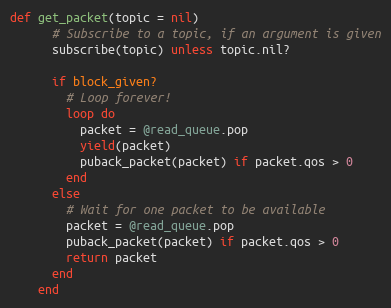
Language: Ruby
def get_packet(topic = nil)
      # Subscribe to a topic, if an argument is given
      subscribe(topic) unless topic.nil?

      if block_given?
        # Loop forever!
        loop do
          packet = @read_queue.pop
          yield(packet)
          puback_packet(packet) if packet.qos > 0
        end
      else
        # Wait for one packet to be available
        packet = @read_queue.pop
        puback_packet(packet) if packet.qos > 0
        return packet
      end
    end